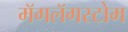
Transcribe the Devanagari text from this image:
मॅगलॅगस्टोम